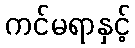
ကင်မရာနှင့်